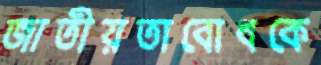
জাতীয়তাবোধকে